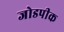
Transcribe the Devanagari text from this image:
जोडपीक